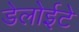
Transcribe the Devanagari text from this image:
डेलोईटे